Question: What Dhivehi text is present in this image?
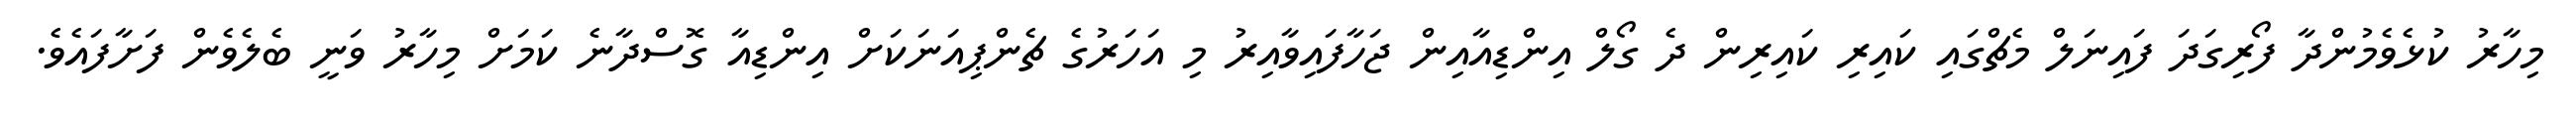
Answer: މިހާރު ކުޅެވެމުންދާ ފޯރިގަދަ ފައިނަލް މެޗްގައި ކައިރި ކައިރިން ދެ ގޯލް އިންޑިއާއިން ޖަހާފައިވާއިރު މި އަހަރުގެ ޗެންޕިއަނަކަށް އިންޑިއާ ގޮސްދާނެ ކަމަށް މިހާރު ވަނީ ބެލެވެން ފަށާފައެވެ.